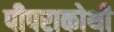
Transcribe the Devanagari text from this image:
पीपराकोथी